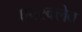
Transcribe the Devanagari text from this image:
एक्स्क्लेव